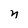
Character: n